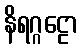
နိရဂ္ဂဠော